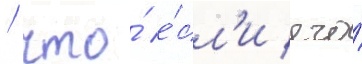
/ что́ е́сл'и его́